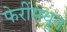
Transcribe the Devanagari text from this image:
फेरींमधून